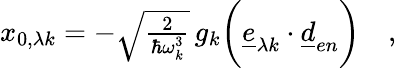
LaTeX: \begin{array}{r}{x_{0,\lambda k}=-\sqrt{\frac{2}{\hbar\omega_{k}^{3}}}\, g_{k}\biggl(\underline{{e}}_{\lambda k}\cdot\underline{{d}}_{en}\biggr)\quad,}\end{array}